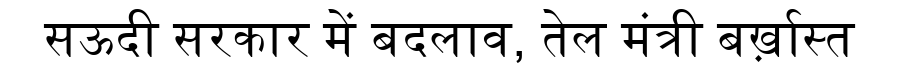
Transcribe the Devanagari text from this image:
सऊदी सरकार में बदलाव, तेल मंत्री बर्ख़ास्त